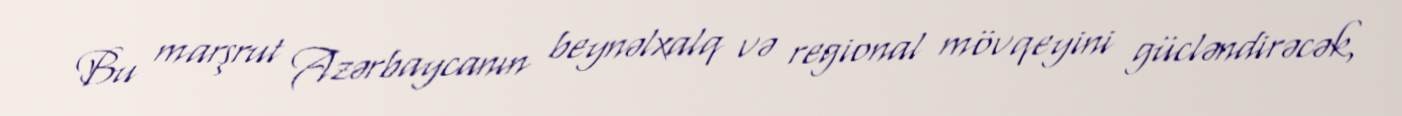
Bu marşrut Azərbaycanın beynəlxalq və regional mövqeyini gücləndirəcək,